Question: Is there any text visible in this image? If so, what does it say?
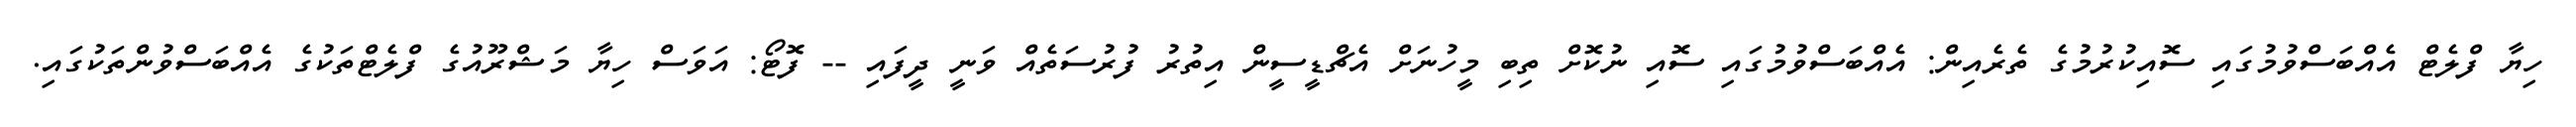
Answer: ހިޔާ ފްލެޓް އެއްބަސްވުމުގައި ސޮއިކުރުމުގެ ތެރެއިން: އެއްބަސްވުމުގައި ސޮއި ނުކޮށް ތިބި މީހުނަށް އެޗްޑީސީން އިތުރު ފުރުސަތެއް ވަނީ ދީފައި -- ފޮޓޯ: އަވަސް ހިޔާ މަޝްރޫއުގެ ފްލެޓްތަކުގެ އެއްބަސްވުންތަކުގައި.